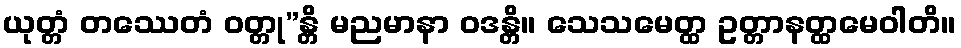
ယုတ္တံ တဿေတံ ဝတ္တု”န္တိ မညမာနာ ဝဒန္တိ။ သေသမေတ္ထ ဥတ္တာနတ္ထမေဝါတိ။